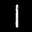
Label: 1